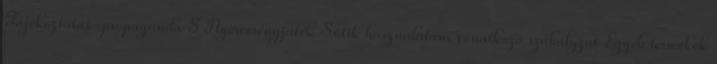
Tájékoztatás-propaganda 8 Nyereményjáték Sütik használatára vonatkozó szabályzat Egyéb termékek